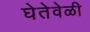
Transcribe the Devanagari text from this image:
घेतेवेळी